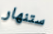
ستنهار